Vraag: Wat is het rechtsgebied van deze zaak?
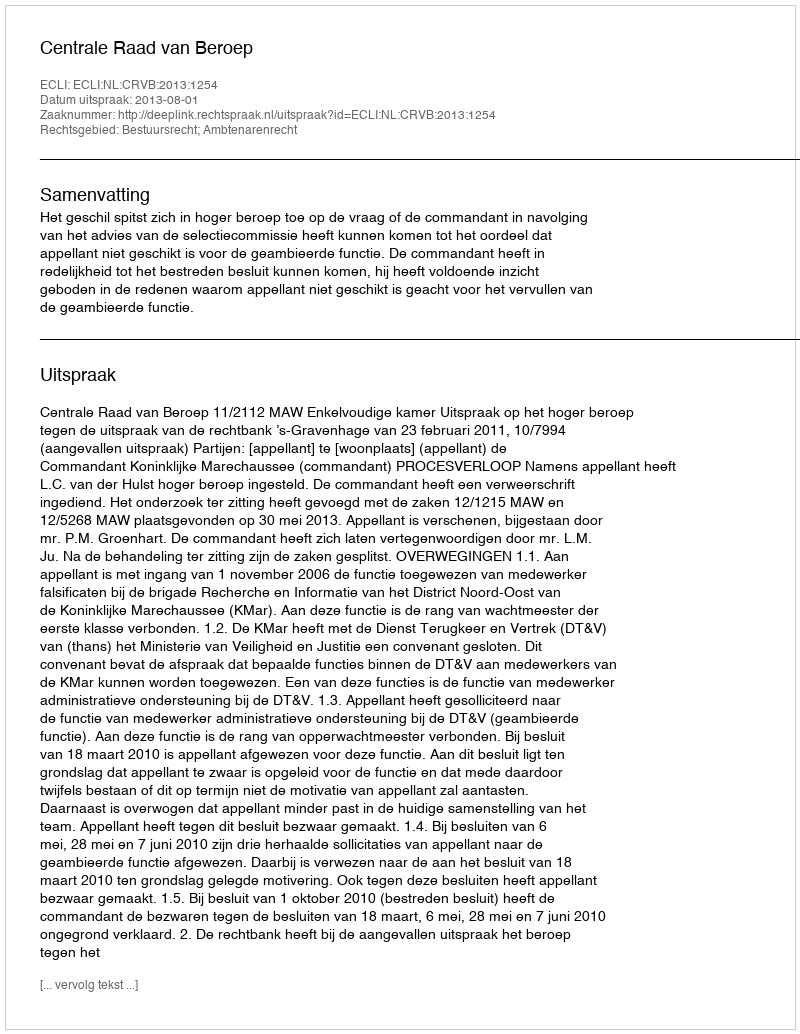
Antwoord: Bestuursrecht; Ambtenarenrecht